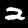
Label: 2